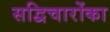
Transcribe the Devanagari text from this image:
सद्विचारोंका